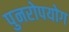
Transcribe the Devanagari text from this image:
पुनरोपयोग